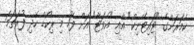
ކެމަރަންގެ "ޓައިޓޭނިކް" އާއި "އެވަޓާ" އަށް ފަހު މި ރިކޯޑް ހެދި ފުރަތަމަ